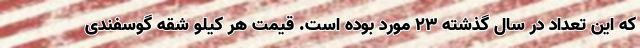
که این تعداد در سال گذشته ۲۳ مورد بوده است. قیمت هر کیلو شقه گوسفندی